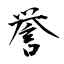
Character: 誉